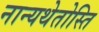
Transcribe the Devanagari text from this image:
नान्यथेतोस्ति